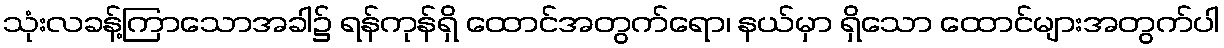
သုံးလခန့်ကြာသောအခါ၌ ရန်ကုန်ရှိ ထောင်အတွက်ရော၊ နယ်မှာ ရှိသော ထောင်များအတွက်ပါ